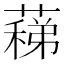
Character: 蕛